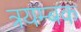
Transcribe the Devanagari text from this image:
त्रयम्बक